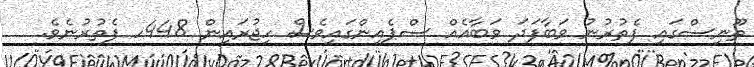
ތޫނިސްގައި ފެތުރުނު ވަބާފަދަ ވަބާއެއް ސްޕެއިންގައިވެސް ހިޖުރައިން 448ހ ފެތުރުނެވެ.